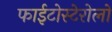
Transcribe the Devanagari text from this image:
फाईटोस्टेरोलों